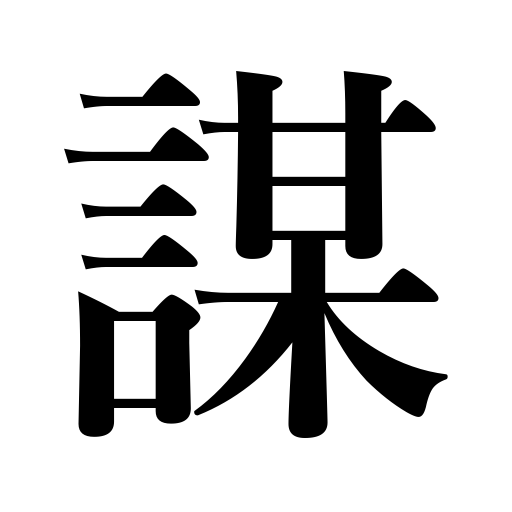
Meanings: deceive,scheme,have in mind,aim at,plan,counsel with,devise,impose on